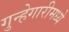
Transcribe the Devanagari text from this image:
गुन्हेगारीमध्ये